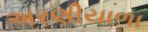
અરણીયાળા